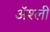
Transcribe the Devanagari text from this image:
ॲश्ली